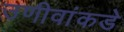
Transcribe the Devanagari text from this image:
उणीवांकडे